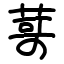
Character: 䔅